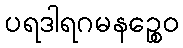
ပရဒါရဂမနဉ္စေဝ